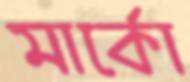
মার্কো